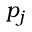
p _ { j }